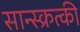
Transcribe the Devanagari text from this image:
सान्स्क्रत्की